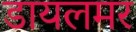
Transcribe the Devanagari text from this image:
डायलमर